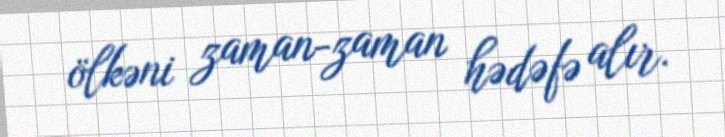
ölkəni zaman-zaman hədəfə alır.